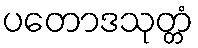
ပတောဒသုတ္တံ